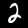
Digit: 2